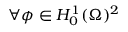
\forall \boldsymbol { \phi } \in H _ { 0 } ^ { 1 } ( \Omega ) ^ { 2 }